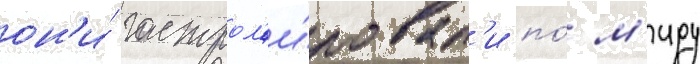
он'и́ гастрол'и́ровал'и по́ м'иру